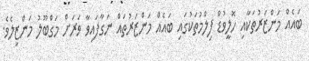
ބައެއް މަންޒަރުތަކާއި ހޮލީވުޑް ފިލްމުތަކުގައި ބައެއް މަންޒަރުތައް ނަގާފައިވާ ވަރަށް މަގްބޫލު މަންޒިލެވެ.